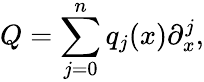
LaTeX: Q=\sum_{j=0}^{n}q_{j}(x)\partial_{x}^{j},